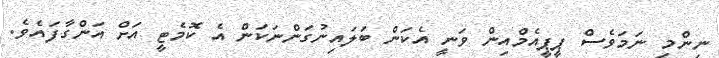
ނިންމި ނަމަވެސް ޕީޕީއެމްއިން ވަނީ އެކަން ބަލައިނުގަންނަކަން އެ ކޮމެޓީ އަށް އަންގާފައެވެ.